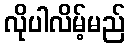
လိုပါလိမ့်မည်